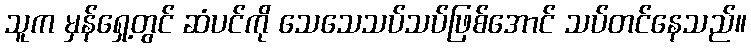
သူက မှန်ရှေ့တွင် ဆံပင်ကို သေသေသပ်သပ်ဖြစ်အောင် သပ်တင်နေသည်။